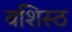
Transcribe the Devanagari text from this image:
वशिस्ठ